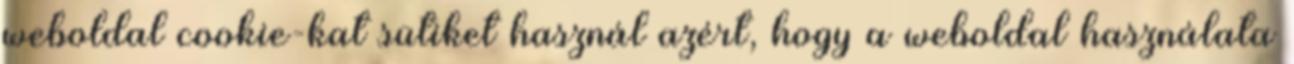
weboldal cookie-kat sütiket használ azért, hogy a weboldal használata